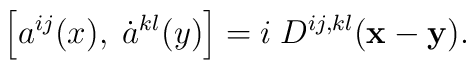
\left [a^{ij}(x),\; \dot{a}^{kl}(y)\right ] = i\;D^{ij,kl}({\bf x-y}).